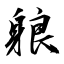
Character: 躴